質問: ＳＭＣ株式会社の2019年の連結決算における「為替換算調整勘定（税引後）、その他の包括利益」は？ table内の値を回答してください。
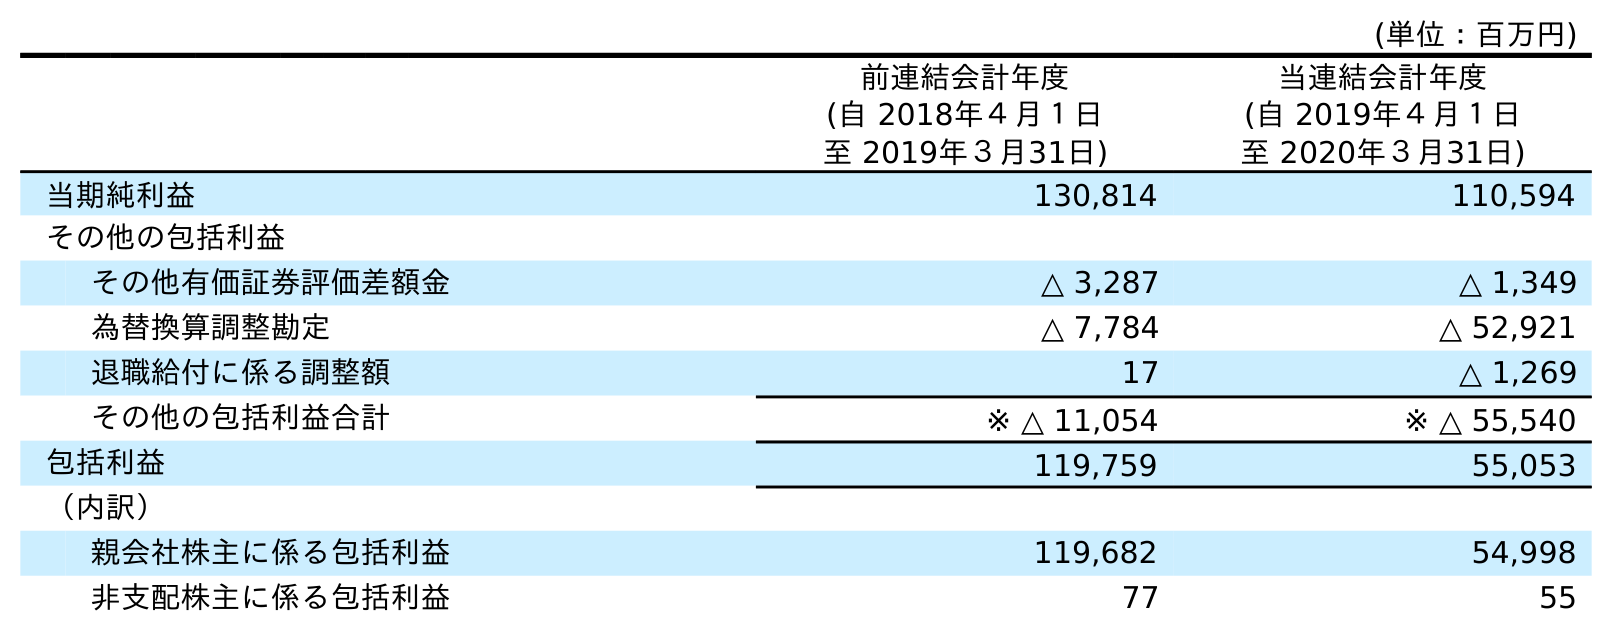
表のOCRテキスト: (単位：百万円) 前連結会計年度 (自 2018年４月１日 至 2019年３月31日) 当連結会計年度 (自 2019年４月１日 至 2020年３月31日) 当期純利益 130,814 110,594 その他の包括利益 その他有価証券評価差額金 △ 3,287 △ 1,349 為替換算調整勘定 △ 7,784 △ 52,921 退職給付に係る調整額 17 △ 1,269 その他の包括利益合計 ※ △ 11,054 ※ △ 55,540 包括利益 119,759 55,053 （内訳） 親会社株主に係る包括利益 119,682 54,998 非支配株主に係る包括利益 77 55
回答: △7,784